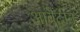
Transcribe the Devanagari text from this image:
आबेदीन